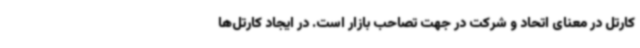
کارتل در معنای اتحاد و شرکت در جهت تصاحب بازار است. در ایجاد کارتل‌ها